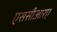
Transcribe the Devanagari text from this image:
एससीआरए